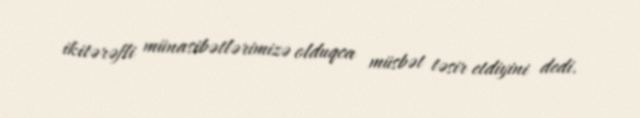
ikitərəfli münasibətlərimizə olduqca müsbət təsir etdiyini dedi.